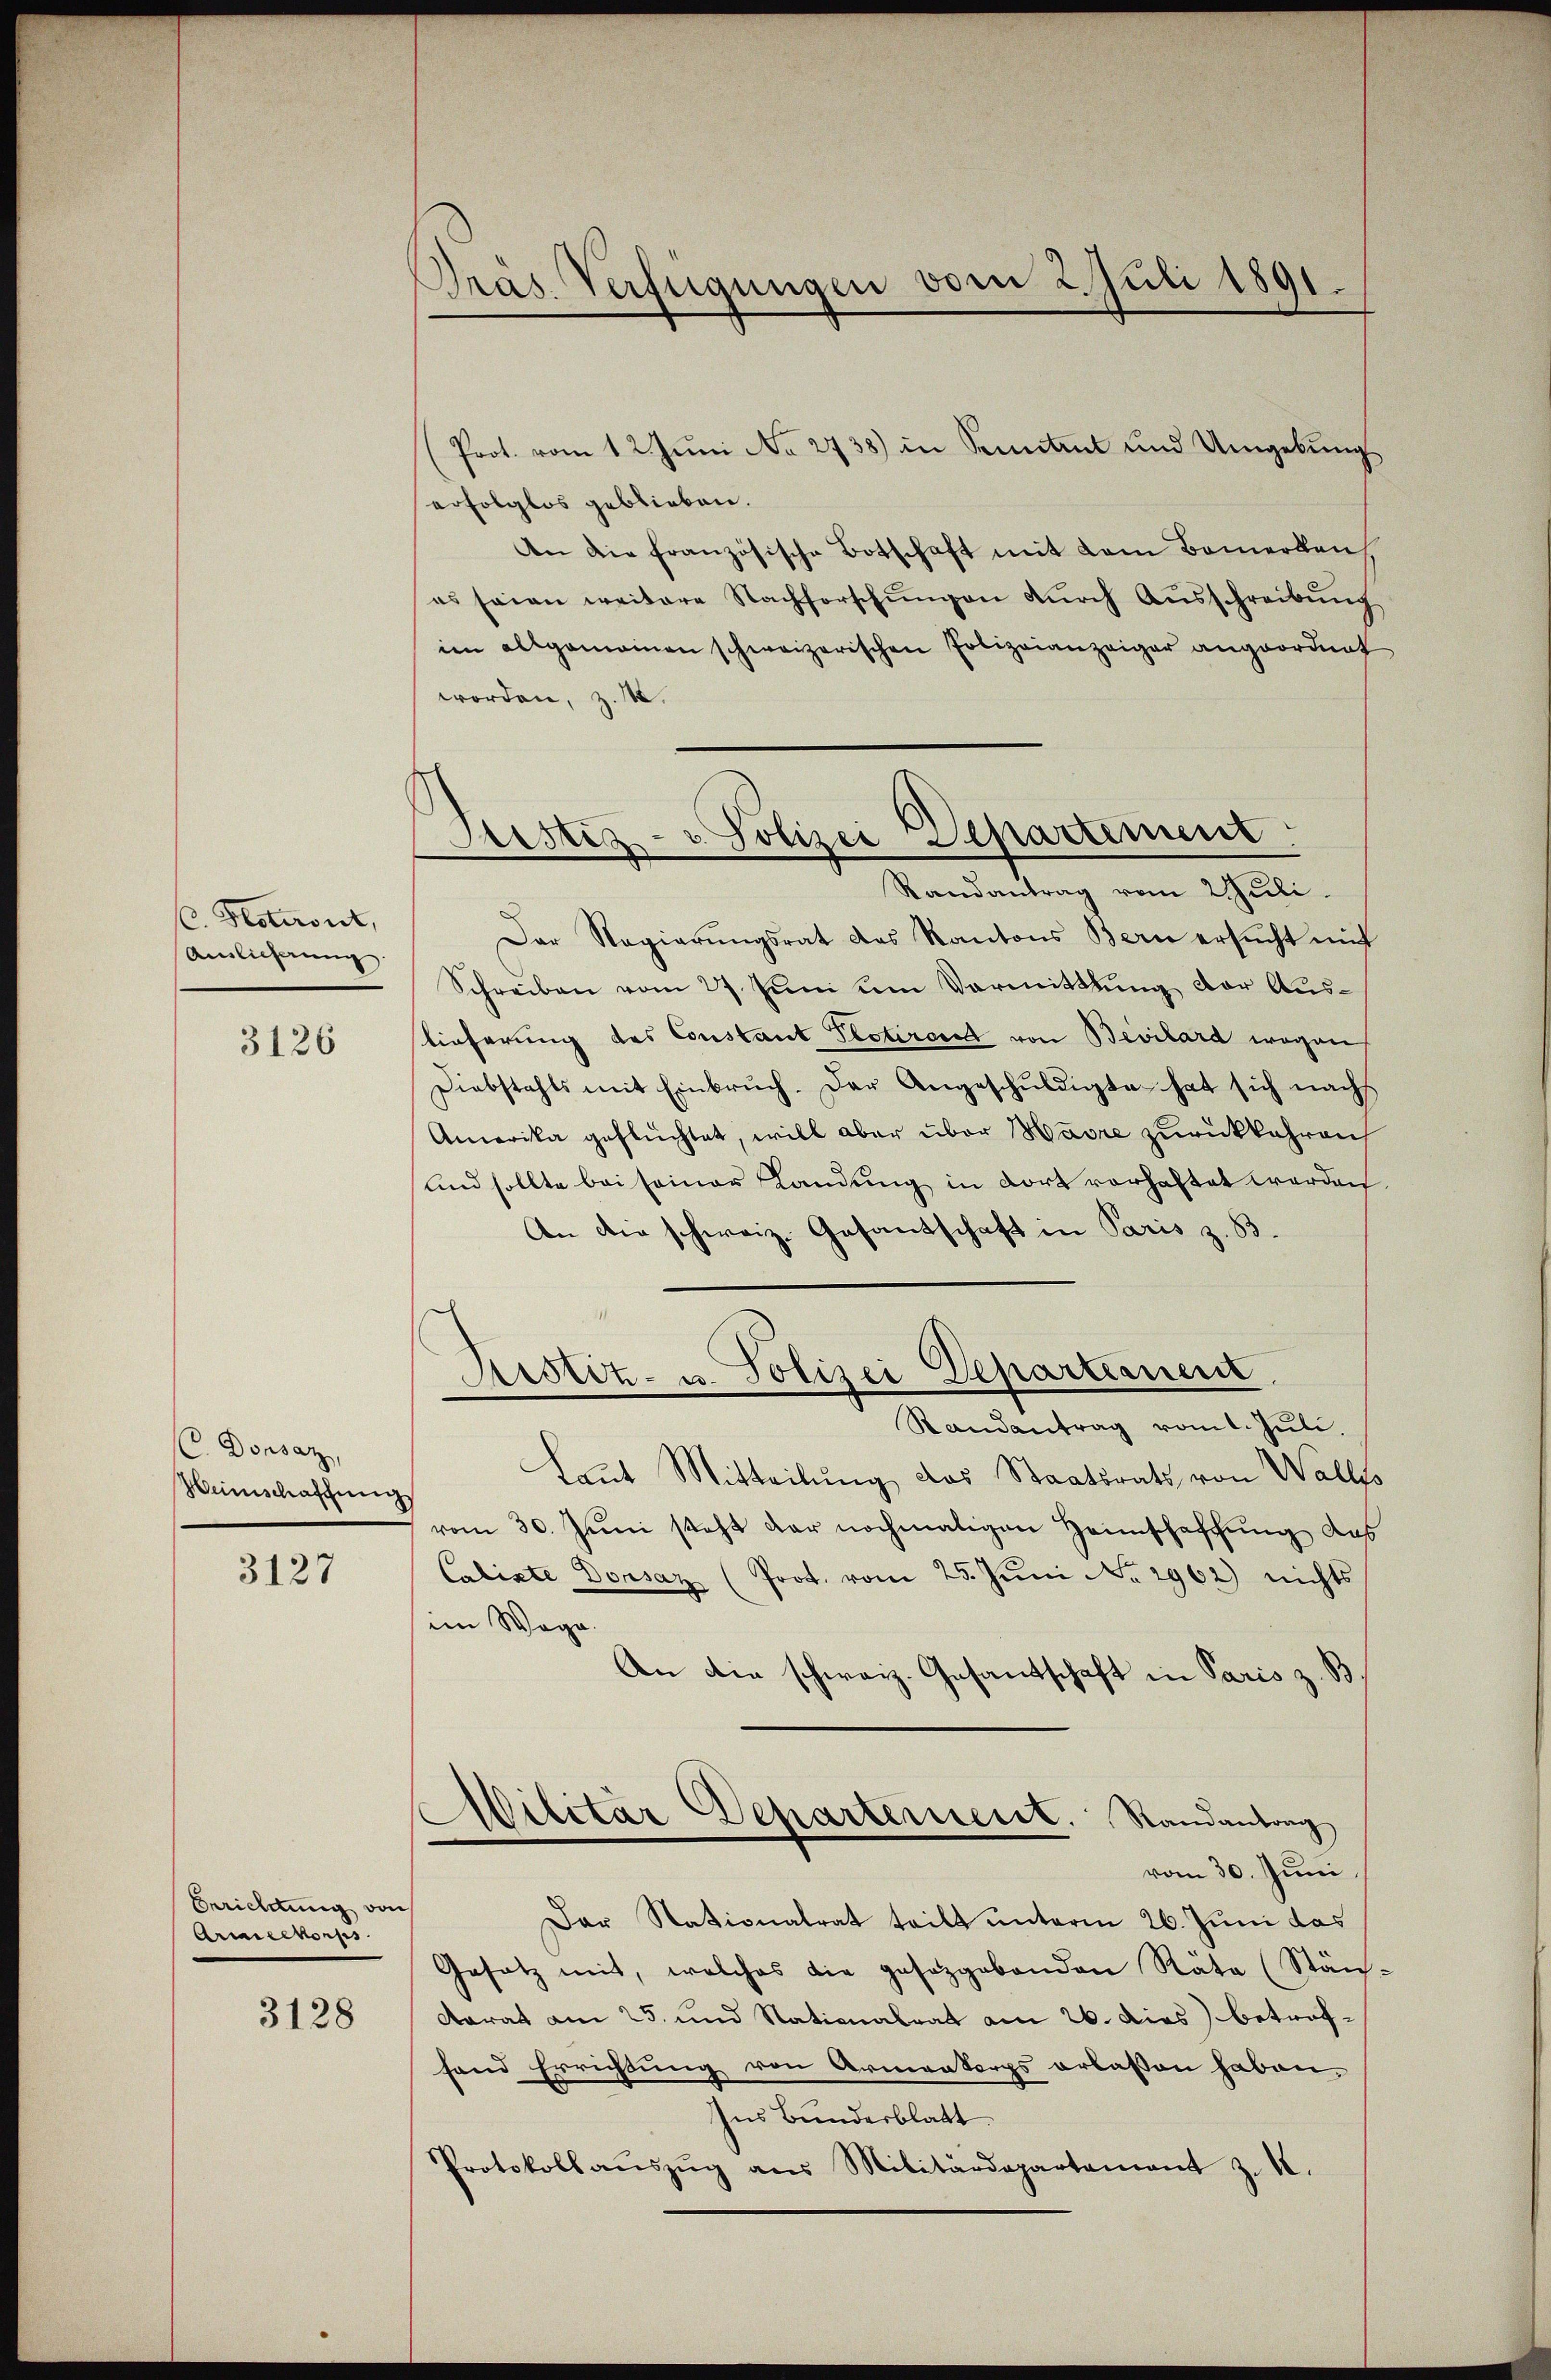
C. Noteront,
Aislicherung

3126

C. Donsaz,
Heimschaffung

3127

Berichtung von
Armeekorps

3128

Pras. Verfügungen vom 2. Juli 1891.

Sistiz- u. Polizei Departement.

(Prot. vom 12. Jŭni No 2738) in Sonntent und Umgebung
erfolglos geblieben.
An die französische Botschaft mit dem Bemerken
es seien weitere Nachforschŭngen dŭrch Aŭsschreibŭng
im allgemeinen schweizerischen Polizeianzeiger angeordnet
worden, z. 14.
Randantrag vom 2ŭli.
Der Regierŭngsrat das Kantons Bern ersŭcht mit
Schreiben vom 27. Juni um Vormittlung der Auslieferung des Constant Plotiren von Bevilard wegen
Diebstahls mit Einbruch. Der Angeschŭldigte hat sich nachs
Amerika geflüchtet, will aber über Harre zurückkehren
und sollte bei seiner Landung in dort vorhaftet werden
An die schweiz. Gesandschaft in Paris z. B.
Sistitz- u. Polizei Departement
Randantrag vom 1. Juli.
Laut Mitteilung das Staatsrats von Wallso
vom 30. Juni steht der nochmaligen Heimschaffung das
Calixte Dorsaz (Prot. vom 25. Jŭni No 2962) nichts
im Wege.
An die schweiz. Gesandtschaft in Paris z. B
Militar Departement. Randantrag
vom 30. Juni.
Der Stationalrat teilt unterm 26. Juni das
Gesatz mit, welches die gesetzgebenden Räte (Stän-
Aarat am 25. und Nationalrat am 26. dies betroffand Errichtung von Armenkorps erlassen haben.
Ins Bundesblatt.
Protokollaŭszŭg ans Militärdepartement z. 18.